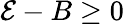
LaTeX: \mathcal{E}-B\geq 0